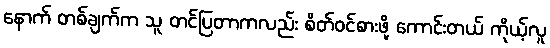
နောက် တစ်ချက်က သူ တင်ပြတာကလည်း စိတ်ဝင်စားဖို့ ကောင်းတယ် ကိုယ့်လူ